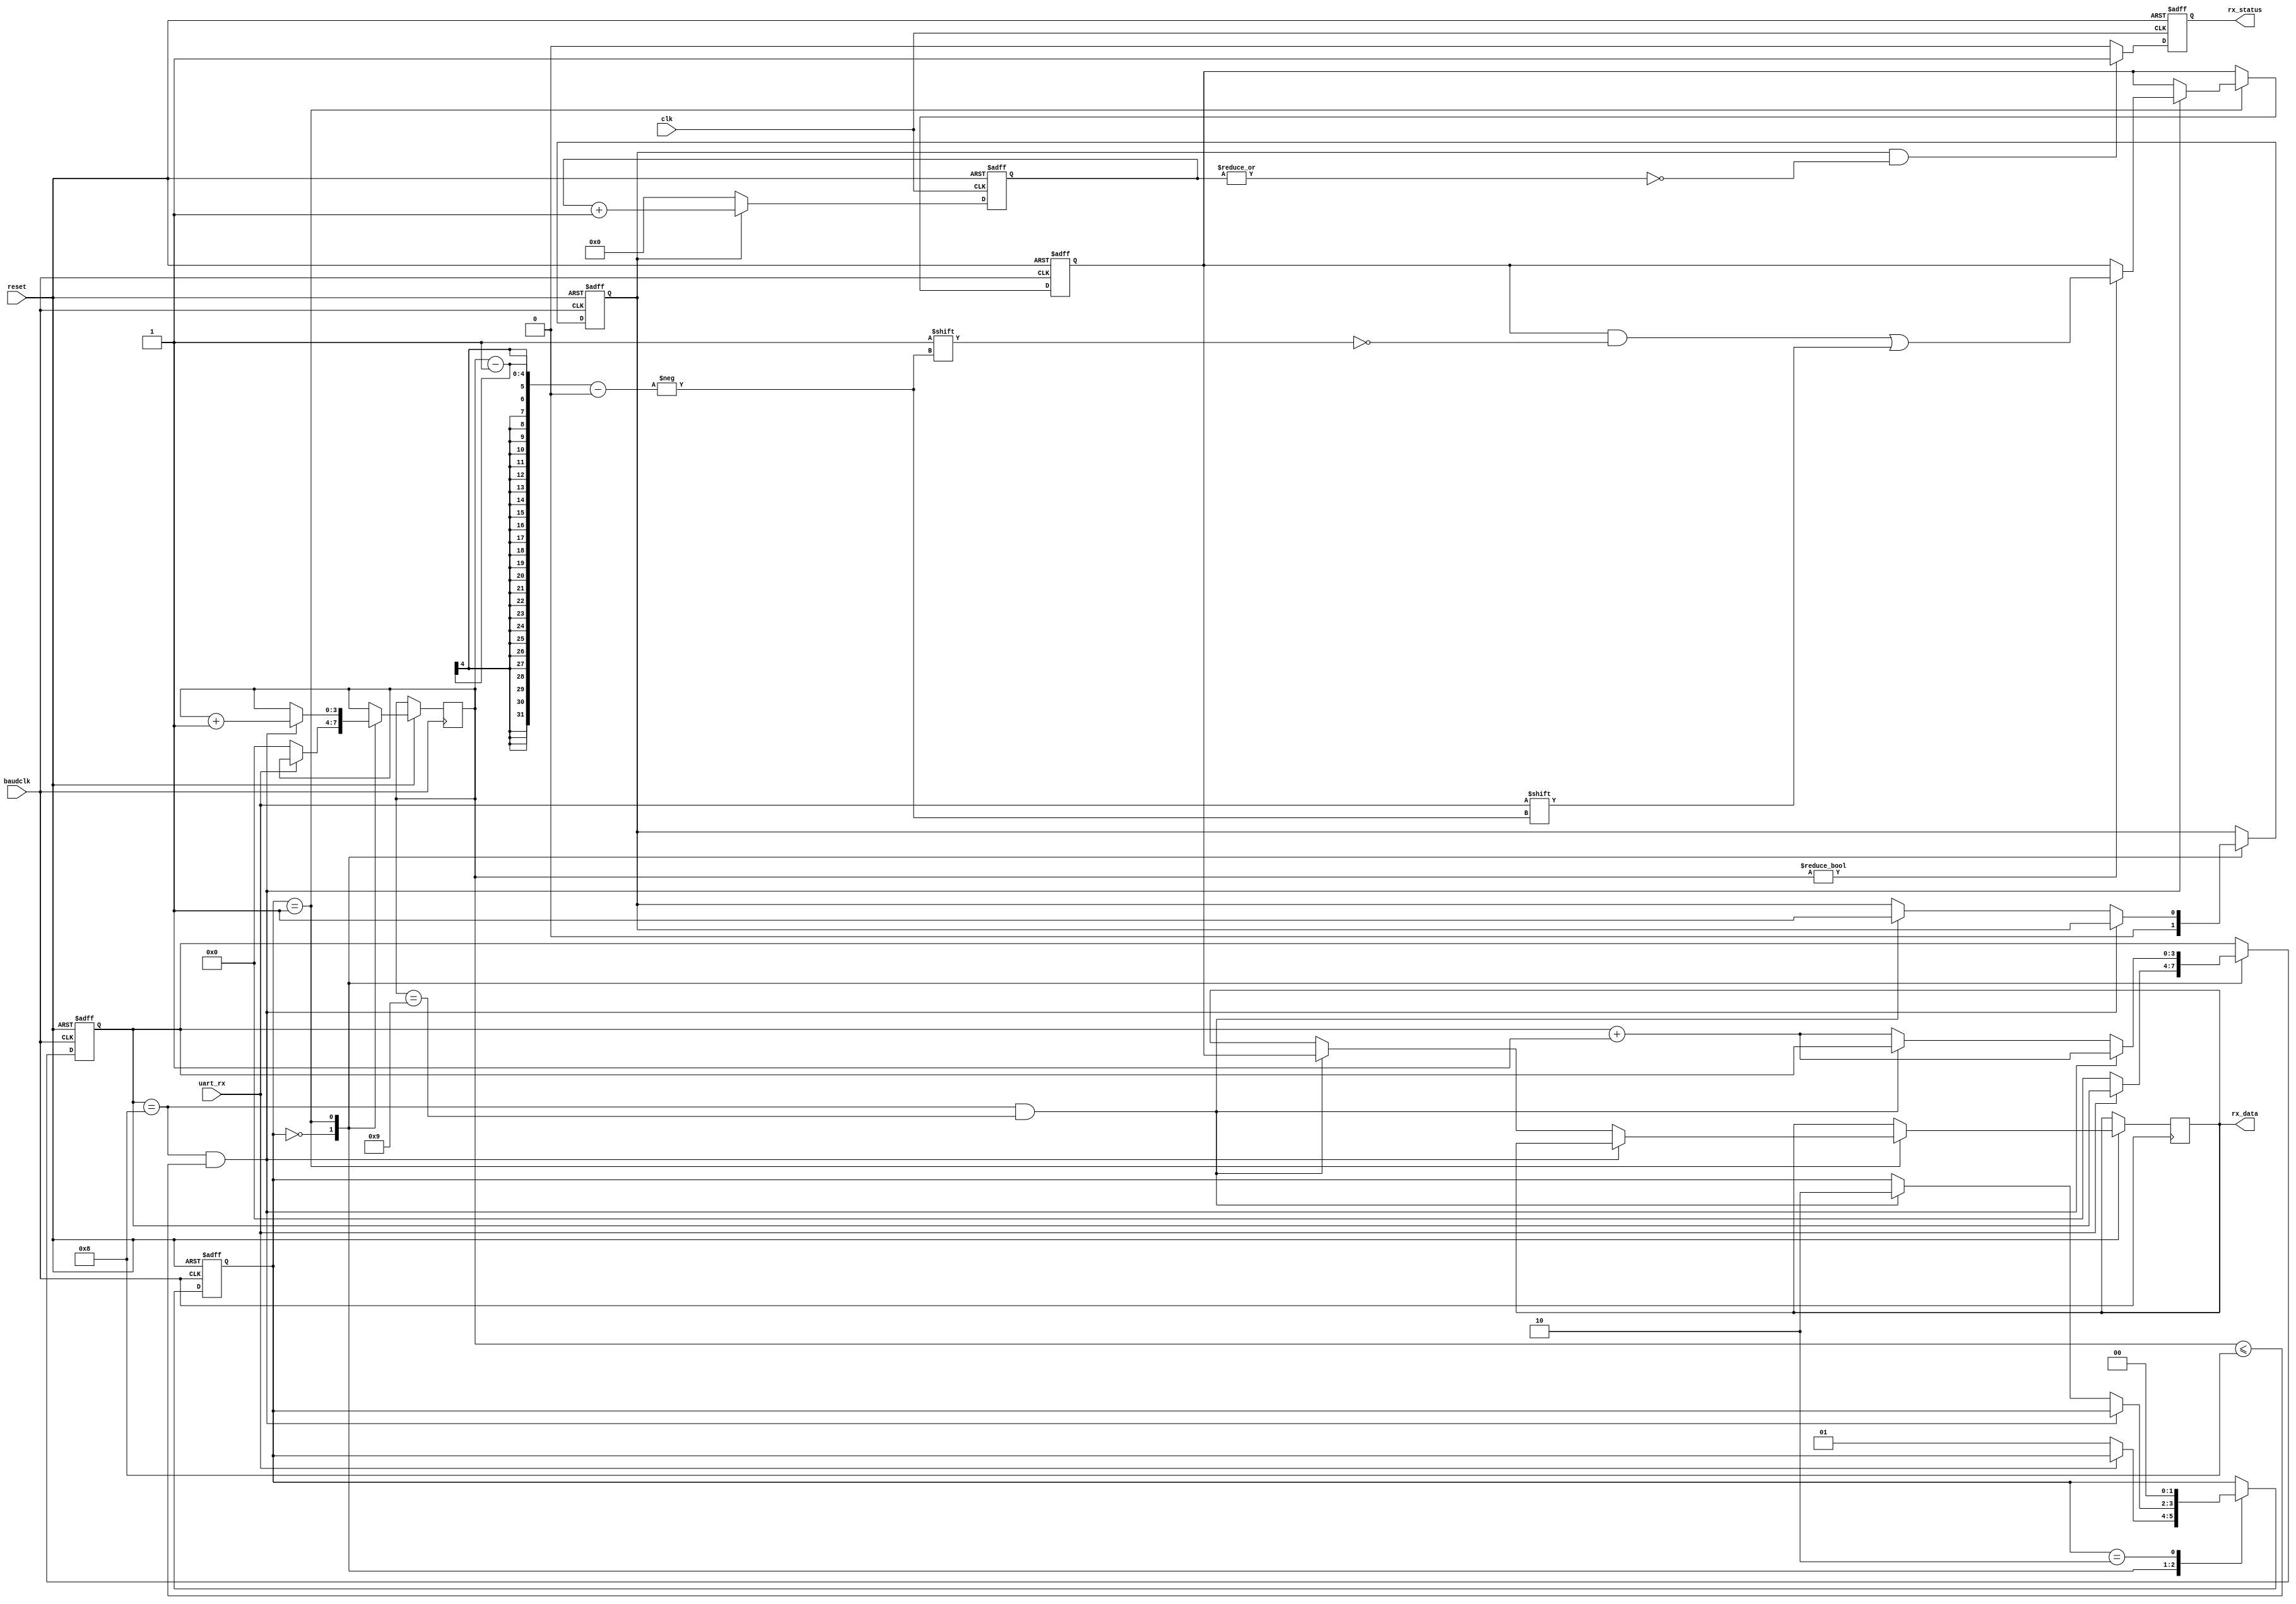
module uart_receiver(uart_rx,reset,baudclk,rx_data,rx_status,clk);
  input uart_rx;
  input clk;
  input reset;
  input baudclk;
  output reg [7:0] rx_data;
  output reg rx_status;
  reg [7:0] data;
  reg [1:0] state;
  reg [3:0] cnt;
  reg rstatus;
  reg [3:0] num;
  reg [9:0] cnt1;
  
  always @(posedge baudclk or negedge reset) begin
    if(~reset) begin
      state<=2'b0;
      rstatus<=0;
      data<=8'b0;
      cnt<=4'b0;
    end
    else begin
      case(state)
        2'b0:begin
          rstatus<=0;
          if(~uart_rx) begin
            cnt<=4'b0;
            state<=2'b01;
            num<=4'b0;
          end
        end
        2'b1:begin
          if(cnt==8 && num<=8) begin
            if(num!=4'b0) begin
              data[num-1]<=uart_rx;
            end
            cnt<=cnt+1;
            num<=num+1;
          end
          else if(cnt==8 && num==9) begin
            state<=2'b10;
            rstatus<=1;
            rx_data<=data;
          end
          else
            cnt<=cnt+1;
        end
        2'b10:begin
          state<=2'b0;
        end
      endcase
    end
  end
  
  always @(posedge clk or negedge reset) begin
    if(~reset) begin
      rx_status <= 0;
      cnt1 <= 9'd0;
    end
    else begin
      if(rstatus && ~(|cnt1))
       rx_status <= 1;
      else rx_status <= 0;
      if(rstatus)
        cnt1 <= cnt1+1;
      if(~rstatus)
        cnt1 <= 0;
    end
  end
endmodule